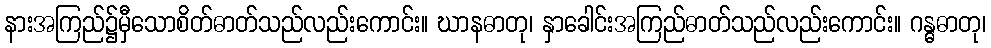
နားအကြည်၌မှီသောစိတ်ဓာတ်သည်လည်းကောင်း။ ဃာနဓာတု၊ နှာခေါင်းအကြည်ဓာတ်သည်လည်းကောင်း။ ဂန္ဓဓာတု၊